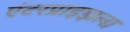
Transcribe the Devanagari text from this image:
एंटरप्राइझला